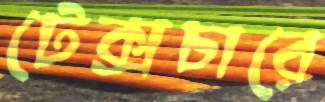
টেক্সচারে